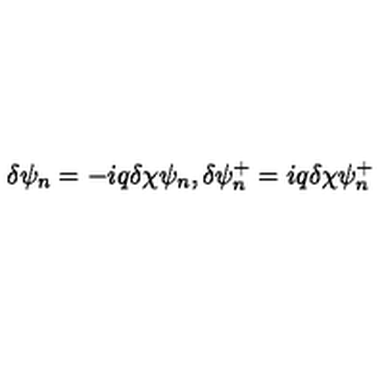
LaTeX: \delta \psi _ { n } = - i q \delta \chi \psi _ { n } , \delta \psi _ { n } ^ { + } = i q \delta \chi \psi _ { n } ^ { + }